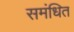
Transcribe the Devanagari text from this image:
समंधित